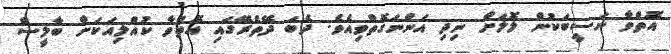
އޮތްވާ ނަސީބަކުން ލޮލަށް ނިދި އަންނަގޮތްވިއެވެ. ދެބަ ދޭތެރޭގައި އޮތްވާ ކުއްލިއަކަށް ބާލީސް